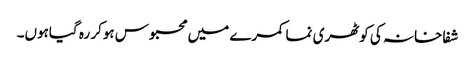
شفاخانہ کی کوٹھری نما کمرے میں محبوس ہوکر رہ گیاہوں۔